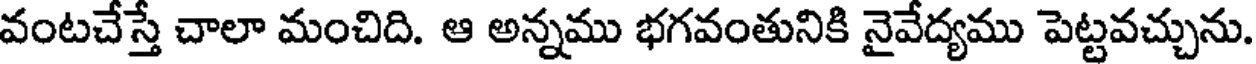
వంటచేస్తే చాలా మంచిది. ఆ అన్నము భగవంతునికి నైవేద్యము పెట్టవచ్చును